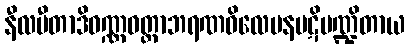
နီလပီတာဒိဝဏ္ဏဝတ္ထာဘရဏဝိလေပနပဋိမဏ္ဍိတာယ